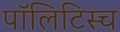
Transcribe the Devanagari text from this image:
पॉलिटिस्च